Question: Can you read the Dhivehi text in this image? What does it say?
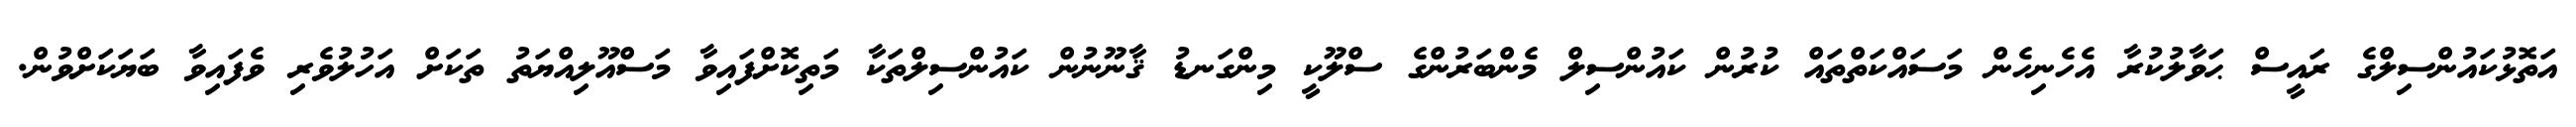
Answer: އަތޮޅުކައުންސިލްގެ ރައީސް ޙަވާލުކުރާ އެހެނިހެން މަސައްކަތްތައް ކުރުން ކައުންސިލް މެންބަރުންގެ ސްލޫކީ މިންގަނޑު ޤާނޫނުން ކައުންސިލްތަކާ މަތިކޮށްފައިވާ މަސްއޫލިއްޔަތު ތަކަށް އަހުލުވެރި ވެފައިވާ ބަޔަކަށްވުން.